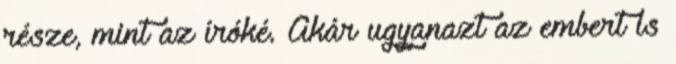
része, mint az íróké. Akár ugyanazt az embert is